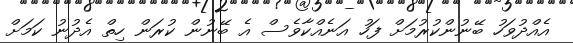
އެއްދުވަހު ބޭނުންކުރުމަށް ފަހު އަނެއްކާވެސް އެ ބޭނުން ކުރަން ހިތް އެދުނު ކަމަށް